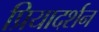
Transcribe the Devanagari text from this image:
प्रियादर्शन